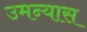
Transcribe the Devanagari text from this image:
उमन्यास